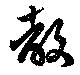
教